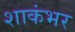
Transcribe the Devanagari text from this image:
शाकंभर